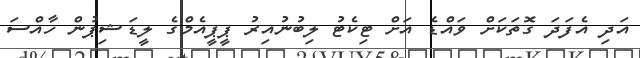
އަދި އެފަދަ ގޮތަކަށް ވައްޑެ އަށް ޓިކެޓު ލިބުނުއިރު ޕީޕީއެމްގެ ލީޑަޝިޕުން ހާއްސަ